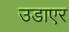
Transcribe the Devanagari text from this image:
उडाएर